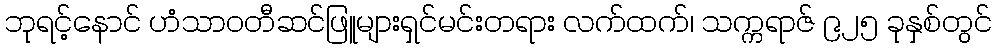
ဘုရင့်နောင် ဟံသာဝတီဆင်ဖြူများရှင်မင်းတရား လက်ထက်၊ သက္ကရာဇ် ၉၂၅ ခုနှစ်တွင်